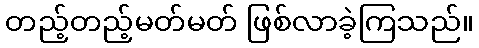
တည့်တည့်မတ်မတ် ဖြစ်လာခဲ့ကြသည်။